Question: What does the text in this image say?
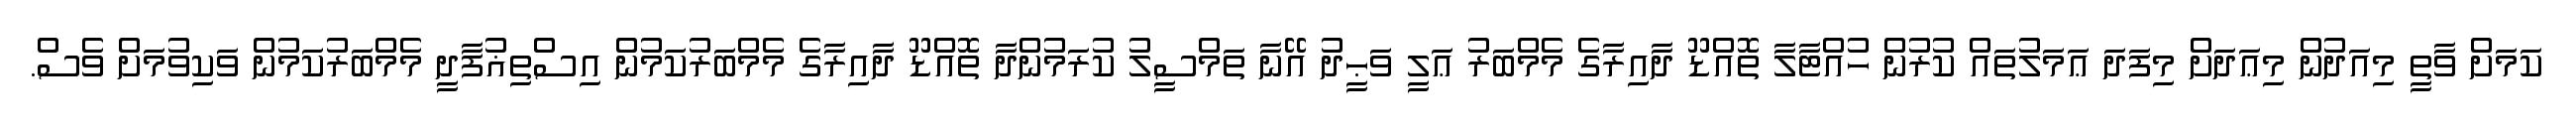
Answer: ކަމަށް ވާތީ މިއަދުން މިޢަދަށް މިފަދަ ޢަމަލުތައް ކުރުން ހުއްޓާލާ ތޮއްޑޫ ދާއިރާގެ މެމްބަރު ޢަލީ ވަޙީދު އޭނާ ތަމްސީލު ކުރަމުންދާ ތޮއްޑޫ ދާއިރާގެ މެމްބަރުކަމުން އިސްތިޣުފާދީ މެމްބަރުކަމުން ވަކިވުމަށް ވެސް.